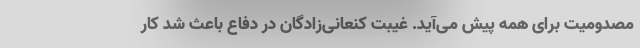
مصدومیت برای همه پیش می‌آید. غیبت کنعانی‌زادگان در دفاع باعث شد کار